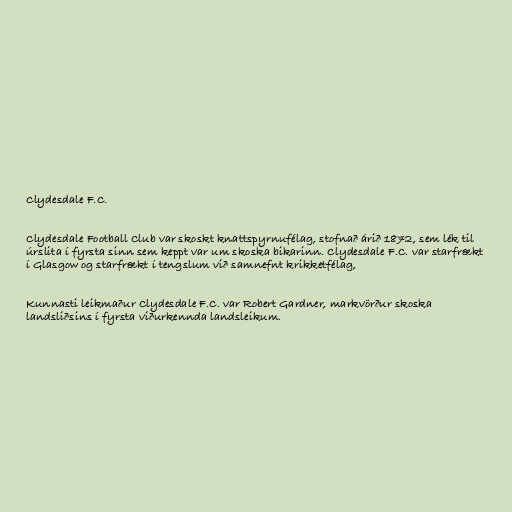
Clydesdale F.C.

Clydesdale Football Club var skoskt knattspyrnufélag, stofnað árið 1872, sem lék til
úrslita í fyrsta sinn sem keppt var um skoska bikarinn. Clydesdale F.C. var starfrækt
í Glasgow og starfrækt í tengslum við samnefnt krikketfélag,

Kunnasti leikmaður Clydesdale F.C. var Robert Gardner, markvörður skoska
landsliðsins í fyrsta viðurkennda landsleikum.